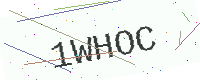
Text: 1WHOC